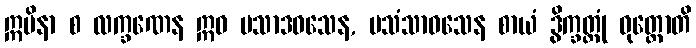
ဣမိနာ စ လက္ခဏေန ဣဓ ပသာဒဝသေန, ပသံသာဝသေန စာယံ ဒွိက္ခတ္တုံ ဝုတ္တောတိ